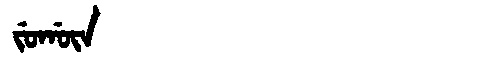
Manchu: ᠵᡠᡤᡡᠨ
Romanization: JUGŪN